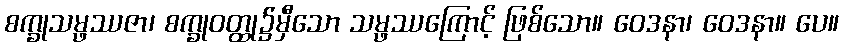
စက္ခုသမ္ဖဿဇာ၊ စက္ခုဝတ္ထု၌မှီသော သမ္ဖဿကြောင့် ဖြစ်သော။ ဝေဒနာ၊ ဝေဒနာ။ ပေ။